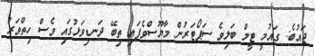
ޖައުބެ: ގައުމީ ޓީމް ބަލިވެ ސަޕޯޓަރުން މާޔޫސްވެެފައި ތިބޭ ދަނޑިވަޅުގައި ވެސް ހިތްވަރު